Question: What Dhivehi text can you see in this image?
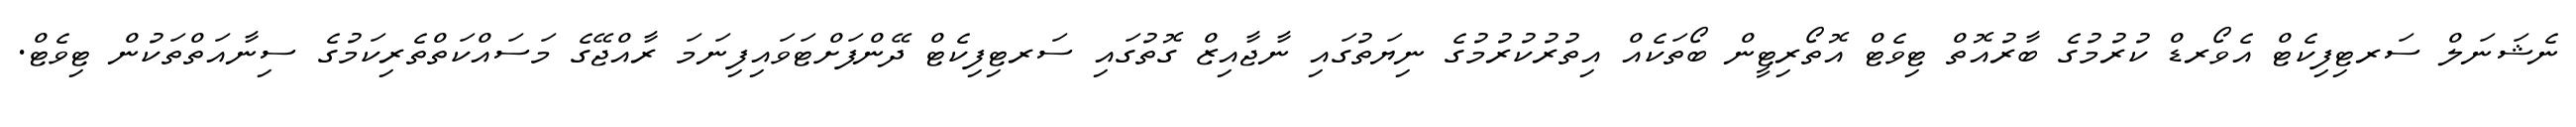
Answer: ނެޝަނަލް ސަރޓިފިކެޓް އެވޯރޑް ކުރުމުގެ ބާރުއޮތް ޓިވެޓް އޮތޯރިޓީން ބޯތަކެއް އިތުރުކުރުމުގެ ނިޔަތުގައި ނާޖާއިޒް ގޮތުގައި ސަރޓިފިކެޓް ދޭންފަށްޓަވައިފިނަމަ ރާއްޖޭގެ މަސައްކަތްތެރިކަމުގެ ސިނާއަތްތަކުން ޓިވެޓް.